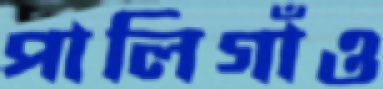
পালিগাঁও